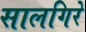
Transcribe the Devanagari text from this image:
सालगिरे